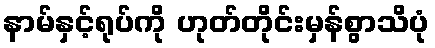
နာမ်နှင့်ရုပ်ကို ဟုတ်တိုင်းမှန်စွာသိပုံ